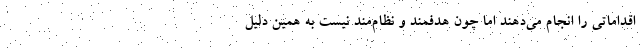
اقداماتی را انجام می‌دهند اما چون هدفمند و نظام‌مند نیست به همین دلیل